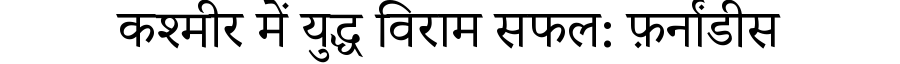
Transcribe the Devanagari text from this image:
कश्मीर में युद्ध विराम सफल: फ़र्नांडीस